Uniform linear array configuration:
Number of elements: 8
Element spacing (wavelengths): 0.5
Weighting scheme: binomial
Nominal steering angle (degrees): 60
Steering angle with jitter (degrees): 60.151
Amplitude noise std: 0.05
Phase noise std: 0.05

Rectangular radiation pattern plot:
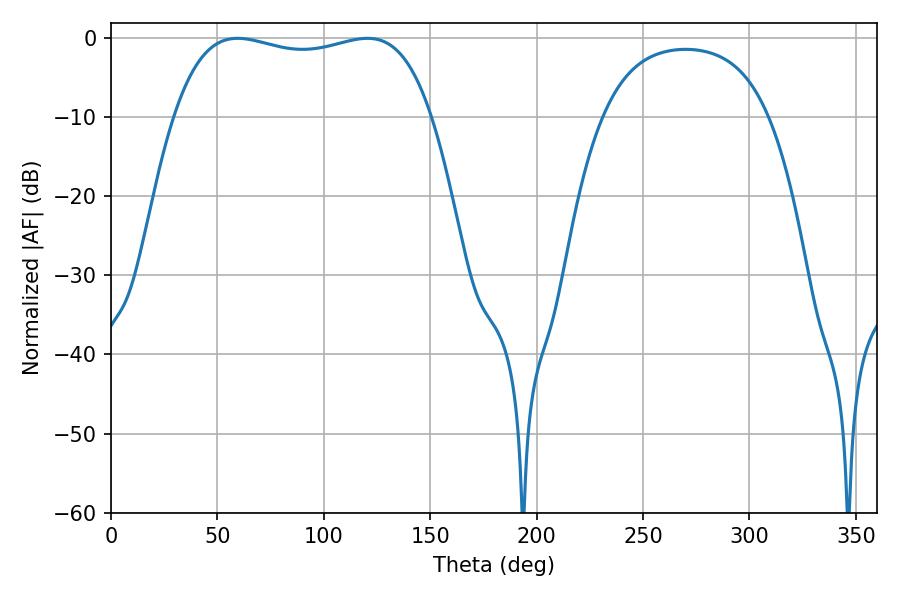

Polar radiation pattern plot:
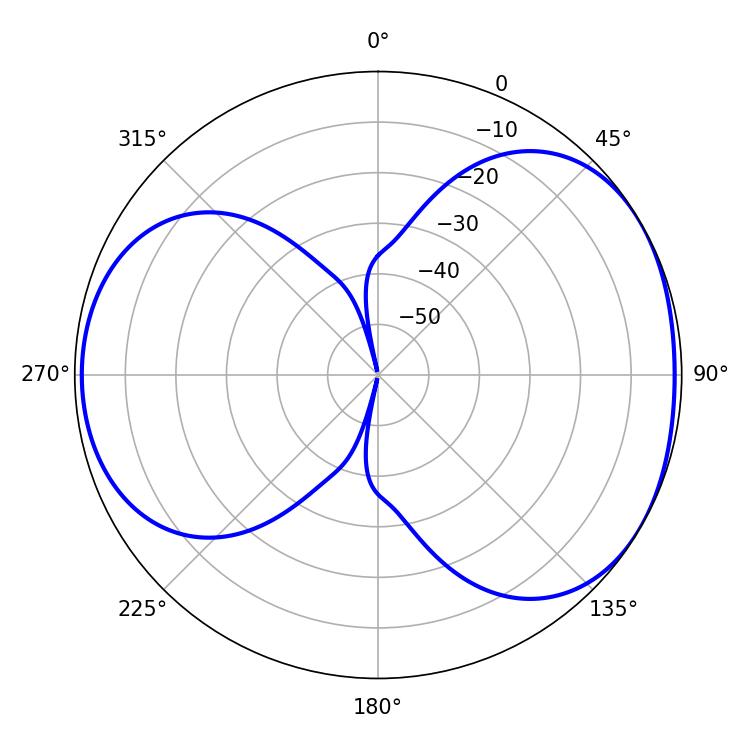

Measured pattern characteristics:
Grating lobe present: FALSE
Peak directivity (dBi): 4.505
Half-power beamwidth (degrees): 97.56
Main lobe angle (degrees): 59.4